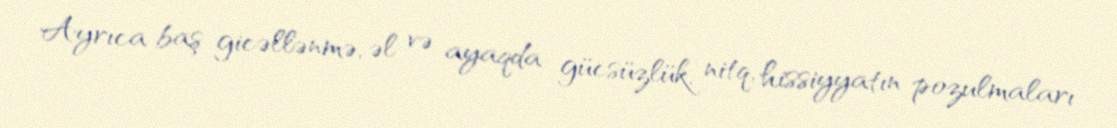
Ayrıca baş gicəllənmə, əl və ayaqda gücsüzlük, nitq, hissiyyatın pozulmaları